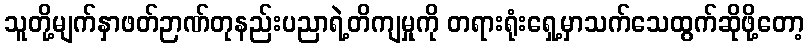
သူတို့မျက်နှာဖတ်ဉာဏ်တုနည်းပညာရဲ့တိကျမှုကို တရားရုံးရှေ့မှာသက်သေထွက်ဆိုဖို့တော့